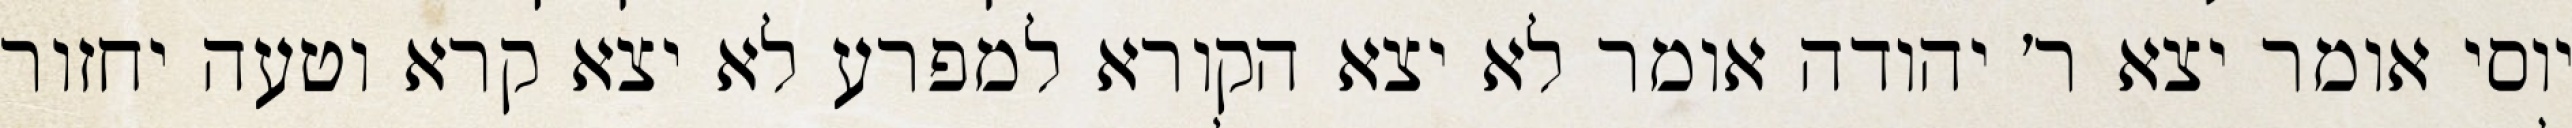
יוסי אומר יצא ר׳ יהודה אומר לא יצא הקורא למפרע לא יצא קרא וטעה יחזור